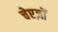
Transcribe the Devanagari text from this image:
चेएज़ों